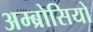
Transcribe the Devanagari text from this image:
अम्ब्रोसियो